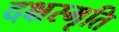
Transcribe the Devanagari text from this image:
दक्षस्मृति